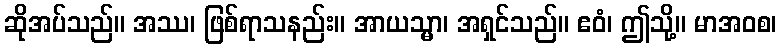
ဆိုအပ်သည်။ အဿ၊ ဖြစ်ရာသနည်း။ အာယသ္မာ၊ အရှင်သည်။ ဧဝံ၊ ဤသို့။ မာအဝစ၊